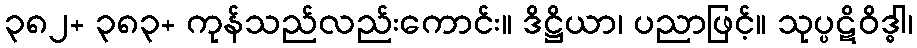
၃၈၂+ ၃၈၃+ ကုန်သည်လည်းကောင်း။ ဒိဋ္ဌိယာ၊ ပညာဖြင့်။ သုပ္ပဋိဝိဒ္ဓါ၊